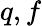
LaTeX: q,f